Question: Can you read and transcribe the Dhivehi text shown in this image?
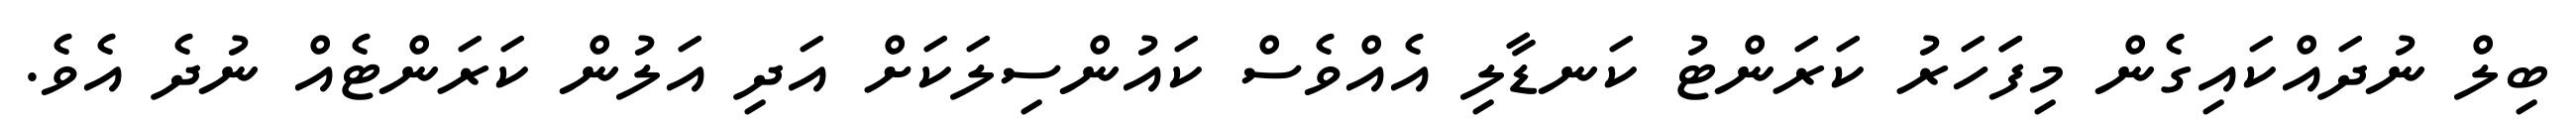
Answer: ބިލް ނުދައްކައިގެން މިފަަހަރު ކަރަންޓު ކަނޑާލި އެއްވެސް ކައުންސިލަކަށް އަދި އަލުން ކަރަންޓެއް ނުދެ އެވެ.